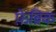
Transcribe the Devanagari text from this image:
फ़ेब्रिक